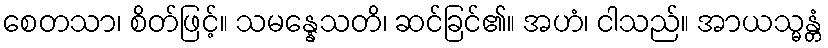
စေတသာ၊ စိတ်ဖြင့်။ သမန္နေသတိ၊ ဆင်ခြင်၏။ အဟံ၊ ငါသည်။ အာယသ္မန္တံ